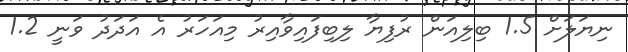
ނިޔަލަށް 1.5 ބިލިއަން ރުފިޔާ ލިބިފައިވާއިރު މިއަހަރު އެ އަދަދު ވަނީ 1.2